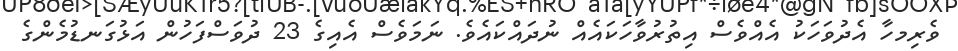
ވެރިމހާ އެދުވަހަކު އެއްވެސް އިތުރުވާހަކައެއް ނުދައްކައެވެ. ނަމަވެސް އެއިގެ 23 ދުވަސްފަހުން އަޅުގަނޑުމެންގެ